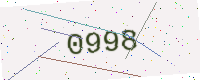
Text: 0998